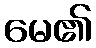
မေ၏